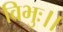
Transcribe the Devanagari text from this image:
विभुः।।